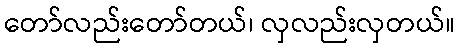
တော်လည်းတော်တယ်၊ လှလည်းလှတယ်။